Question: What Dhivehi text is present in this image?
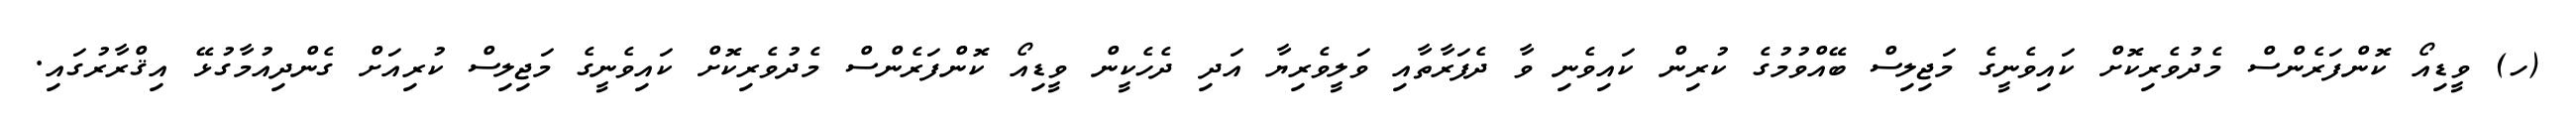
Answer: (ހ) ވީޑިއޯ ކޮންފަރެންސް މެދުވެރިކޮށް ކައިވެނީގެ މަޖިލިސް ބޭއްވުމުގެ ކުރިން ކައިވެނި ވާ ދެފަރާތާއި ވަލީވެރިޔާ އަދި ދެހެކީން ވީޑިއޯ ކޮންފަރެންސް މެދުވެރިކޮށް ކައިވެނީގެ މަޖިލިސް ކުރިއަށް ގެންދިއުމާގުޅޭ އިޤްރާރުގައި.